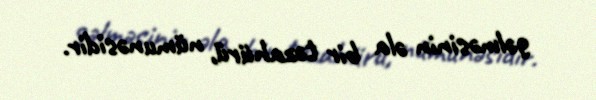
gəlməsinin əla bir təzahürü, nümunəsidir.